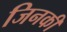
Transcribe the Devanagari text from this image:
जिनकीं